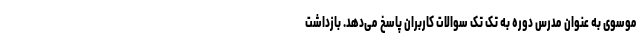
موسوی به عنوان مدرس دوره به تک تک سوالات کاربران پاسخ می‌دهد. بازداشت